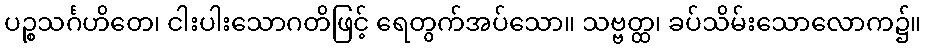
ပဉ္စသင်္ဂဟိတေ၊ ငါးပါးသောဂတိဖြင့် ရေတွက်အပ်သော။ သဗ္ဗတ္ထ၊ ခပ်သိမ်းသောလောက၌။